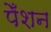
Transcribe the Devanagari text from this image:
पेँशन